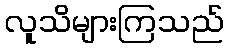
လူသိများကြသည်